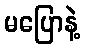
မပြောနဲ့